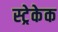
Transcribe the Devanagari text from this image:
स्ट्रेकेक